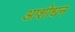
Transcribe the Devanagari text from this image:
आशोधन